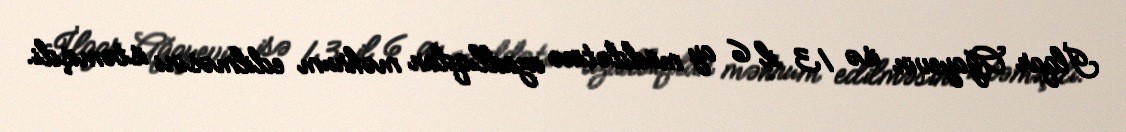
İlqar Ağayevin isə 13 il 6 ay müddətinə azadlıqdan məhrum edilməsini istəmişdi.